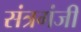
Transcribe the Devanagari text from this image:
संत्रगंजी